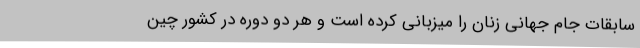
سابقات جام جهانی زنان را میزبانی کرده است و هر دو دوره در کشور چین